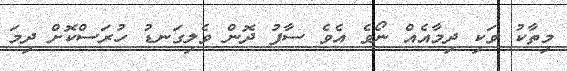
މިތާކު ވަކި ދިމާއެއް ނޯވެ އެވެ ސާފު ދޮން ވެލިގަނޑު ހުރަސްކޮށް ދިމަ